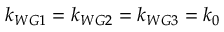
k _ { W G 1 } = k _ { W G 2 } = k _ { W G 3 } = k _ { 0 }